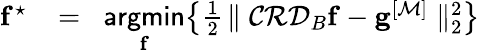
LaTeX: \begin{array}{rlr}{\mathbf{f}^{\star}\! }&{{}=}&{\! \underset{\mathbf{f}}{\mathsf{argmin}}\! \left\{ \frac{1}{2}\! \parallel\mathcal{C}\mathcal{R}\mathcal{D}_{B}{\mathbf{f}}-\mathbf{g}^{[\mathcal{M}]}\parallel_{2}^{2}\right\} }\end{array}